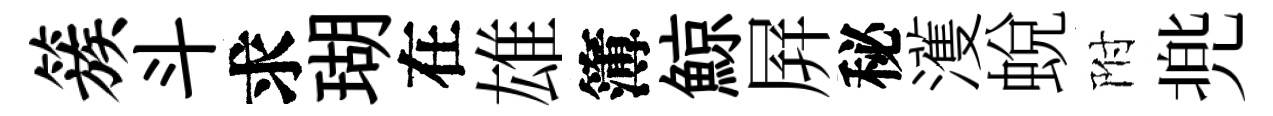
簇斗求瑚在雄簿鯨屛秘濩蛻附兠